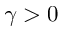
\gamma > 0